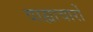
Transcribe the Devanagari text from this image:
वाह्याचारों